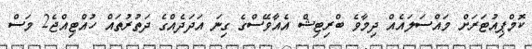
ކޮމްޕިއުޓަރަށް މައްސަލައެއް ދިމާވެ ބްރިޓިޝް އެއާވޭސްގެ ގިނަ އަދަދެއްގެ ދަތުރުތައް ހުއްޓިއްޖެ2 މަސް